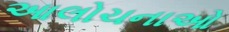
આલોચનાઓ